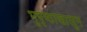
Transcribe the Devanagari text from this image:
भूपृष्ठाखालून